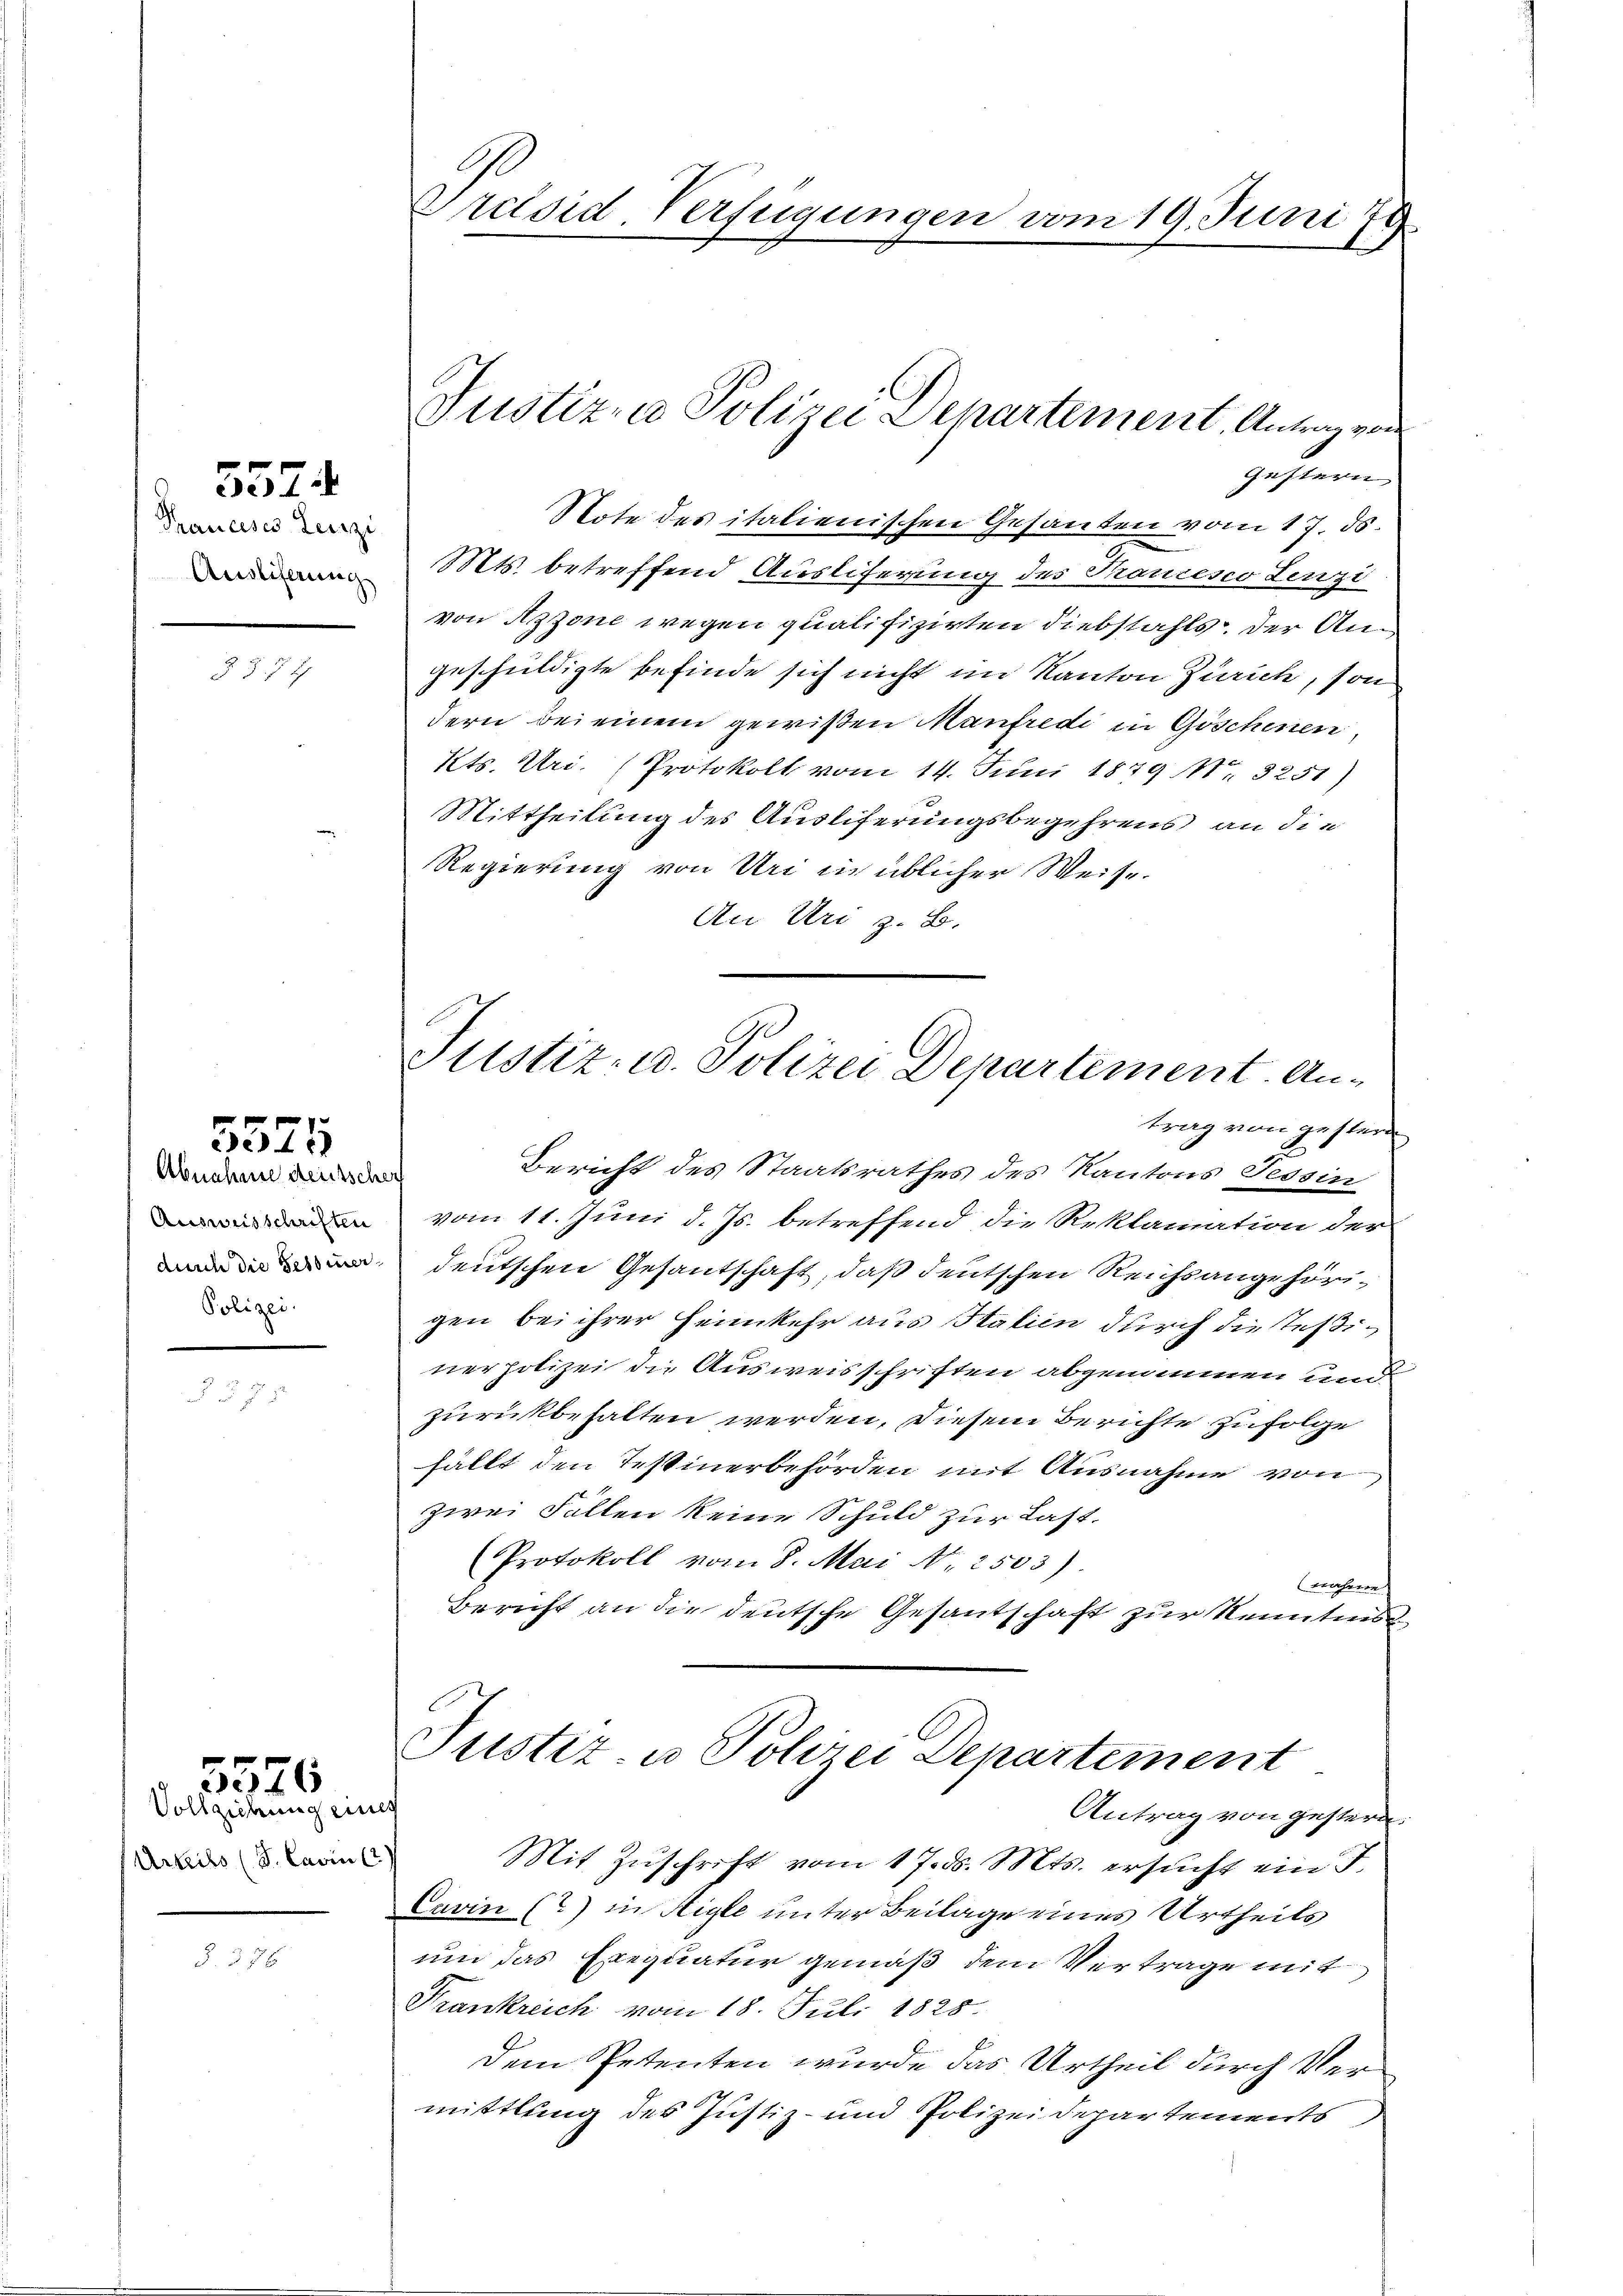
Trancises Leuzi
Ausliferung

557.

§ §. 7 2

Abnahme deutsch
Ausweisschriften
durch die Sessiner
Polizei.

5575

Vollziehung einig
Urteils (S. Cavin C

5576

E

Präsid. Verfügungen vom 19. Juni 179

Justiz- u Polizei Departement. Antrag von
gustern

Note des italienischen Gesanten vom 17. ds.
Mts. betreffend Auslieferung des Trancesco Lenzi
von Azzone wegen qualifizirten Diebstahls, der Angeschuldigte befinde sich nicht im Kanton Zürich, son
dern bei einem gewißen Manfredi in Göschenen
Kts. Uri. Protokoll vom 14. Juni 1879 No 3251)
Mittheilung des Auslieferungsbegehrens an die
Regierung von Uri in üblicher Weise.
An Uri z. B.
Bericht des Staatsrathes des Kantons Tessin
vom 11. Juni d. Js. betreffend die Reklamation der
deutschen Gesantschaft, daß deutschen Reichsangehörigen bei ihrer Heimkehr aus Statien durch die Teßinerpolizei die Ausweisschriften abgenommen und
zurückbehalten werden, diesem Berichte zufolge
fällt den Testinerbehörden mit Ausnahme von
zwei Fallen keine Schuld zur Last.
Protokoll vom 8. Mai N. 2503)
wahrne
Bericht an die deutsche Gesantschaft zur Kenntnis
Justiz- u Polizei Departement
Antrag von gestern.
Mit Zŭschrift vom 17. ds. Mts. ersucht ein T.
Cavin (?) in Higle unter Beilage eines Urtheils
um das Exequatur gemäß dem Vertrage mit
Frankreich vom 18. Juli 1825.
Dem Petenten wurde das Urtheil durch Vermittlung des Justiz- und Polizei Departements

Justiz- u. Polizei Departement. Antrag von gestern

.